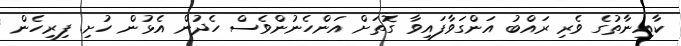
ކާއިނާތުގެ ވެރި ރައްބު އަންގަވާފައިވާ ގޮތަށް އަންހެނުންވެސް ހެދުން އެޅުން ހުށި. ފިރިހެން